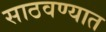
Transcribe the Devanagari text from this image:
साठवण्यात